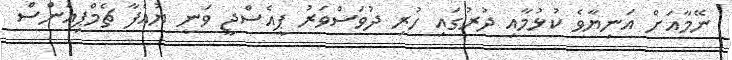
ނޭމާއަށް އަނިޔާވެ ކުޅުމާއި ދުރުގައި ހުރި ދުވަސްވަރު ޕީއެސްޖީ ވަނީ ޔުއެފާ ޗެމްޕިއަންސް